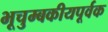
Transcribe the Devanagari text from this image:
भूचुम्बकीयपूर्वक